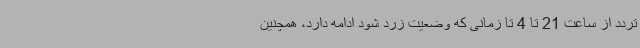
تردد از ساعت 21 تا 4 تا زمانی که وضعیت زرد شود ادامه دارد، همچنین